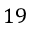
1 9